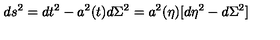
d s ^ { 2 } = d t ^ { 2 } - a ^ { 2 } ( t ) d \Sigma ^ { 2 } = a ^ { 2 } ( \eta ) [ d \eta ^ { 2 } - d \Sigma ^ { 2 } ]